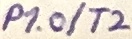
Text: P1.0/T2